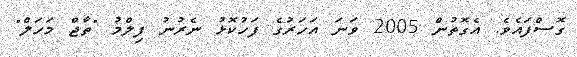
ގޮސްފައެވެ. އެގޮތުން 2005 ވަނަ އަހަރުގެ ފަހުކޮޅު ނެރުނު ފިލްމު "ތާޖް މަހަލް"